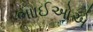
ભાાઈઓએ